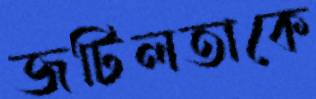
জটিলতাকে